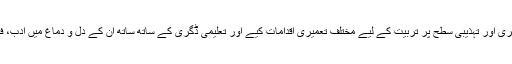
انھوں نے جس طرح سے اس یونیورسٹی میں پڑھنے والوں کی ذہنی فکری اور تہذیبی سطح پر تربیت کے لیے مختلف تعمیری اقدامات کیے اور تعلیمی ڈگری کے ساتھ ساتھ ان کے دل و دماغ میں ادب، فنون لطیفہ، معاشرت اور محنت کو فروغ دیا وہ بے حد لائق تحسین ہے۔